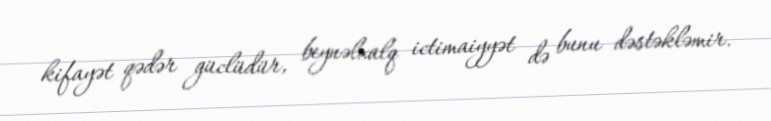
kifayət qədər güclüdür, beynəlxalq ictimaiyyət də bunu dəstəkləmir.